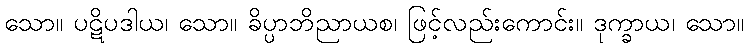
သော။ ပဋိပဒါယ၊ သော။ ခိပ္ပာဘိညာယစ၊ ဖြင့်လည်းကောင်း။ ဒုက္ခာယ၊ သော။